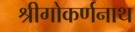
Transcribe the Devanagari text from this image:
श्रीगोकर्णनाथ